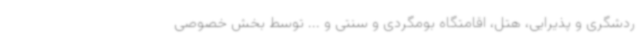
ردشگری و پذیرایی، هتل، اقامتگاه بومگردی و سنتی و ... توسط بخش خصوصی